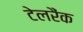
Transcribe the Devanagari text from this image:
टेलरैंक